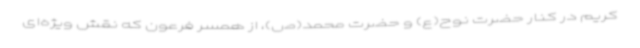
کریم در کنار حضرت نوح(ع) و حضرت محمد(ص)، از همسر فرعون که نقش ویژه‌ای